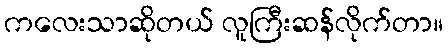
ကလေးသာဆိုတယ် လူကြီးဆန်လိုက်တာ။